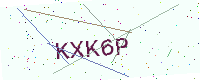
Text: KXK6P